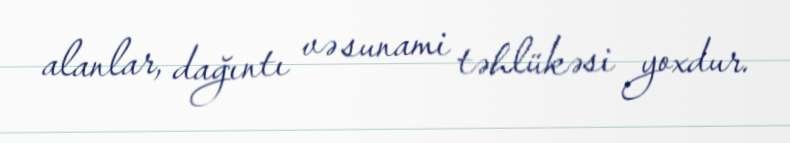
alanlar, dağıntı və sunami təhlükəsi yoxdur.